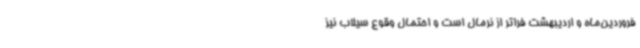
فروردین‌ماه و اردیبهشت فراتر از نرمال است و احتمال وقوع سیلاب نیز